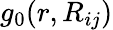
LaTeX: g_{0}(r,R_{ij})